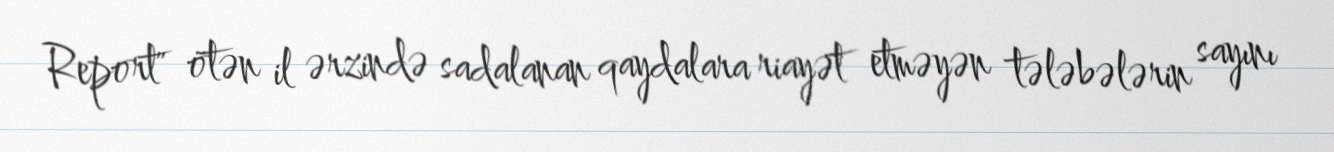
Report" ötən il ərzində sadalanan qaydalara riayət etməyən tələbələrin sayını